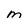
Character: m